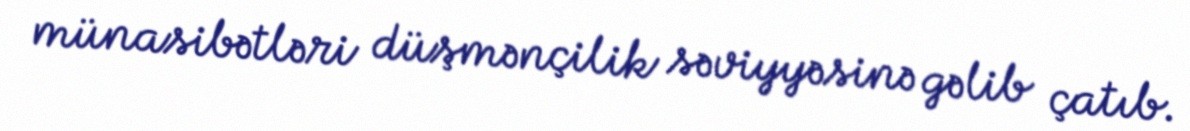
münasibətləri düşmənçilik səviyyəsinə gəlib çatıb.